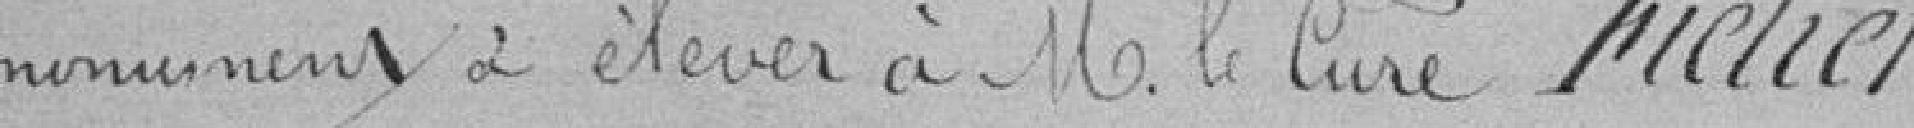
monument a élever à Monsieur le curé Frétier